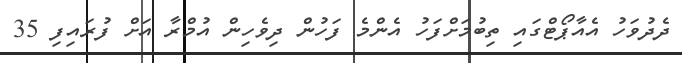
ދެދުވަހު އެއާޕޯޓްގައި ތިބުމަށްފަހު އެންމެ ފަހުން ދިވެހިން އުމްރާ އަށް ފުރައިފި 35